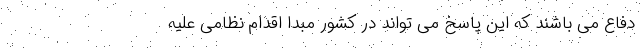
دفاع می باشند که این پاسخ می تواند در کشور مبدا اقدام نظامی علیه